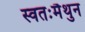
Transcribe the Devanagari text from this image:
स्वतःमैथुन